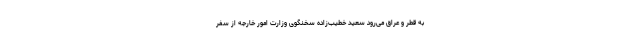
به قطر و عراق می‌رود سعید خطیب‌زاده سخنگوی وزارت امور خارجه از سفر